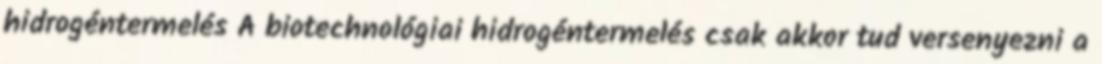
hidrogéntermelés A biotechnológiai hidrogéntermelés csak akkor tud versenyezni a